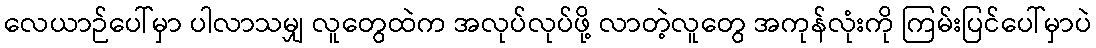
လေယာဉ်ပေါ်မှာ ပါလာသမျှ လူတွေထဲက အလုပ်လုပ်ဖို့ လာတဲ့လူတွေ အကုန်လုံးကို ကြမ်းပြင်ပေါ်မှာပဲ